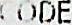
CODE